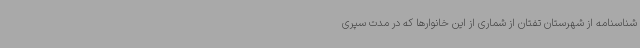
شناسنامه از شهرستان تفتان از شماری از این خانوارها که در مدت سپری